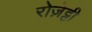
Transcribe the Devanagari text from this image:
रोज़ेट्टी